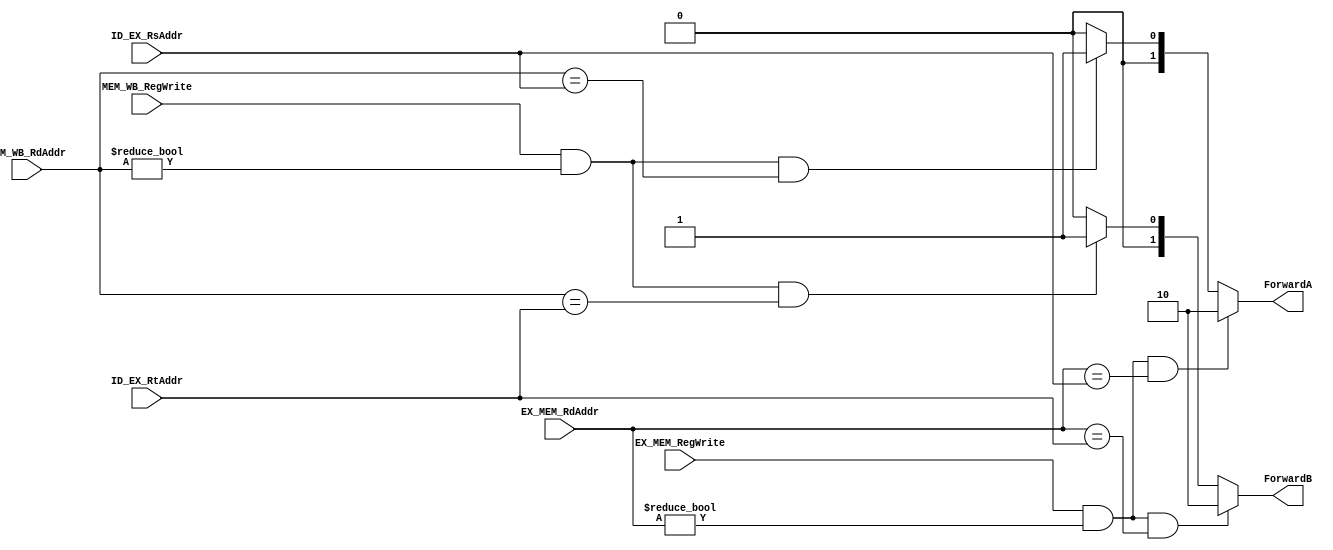
module Forwarding(
	//output
output reg [1:0]ForwardA,
output reg [1:0]ForwardB,
	//input
input [4:0]EX_MEM_RdAddr,
input [4:0]MEM_WB_RdAddr,
input [4:0]ID_EX_RsAddr,
input [4:0]ID_EX_RtAddr,
input EX_MEM_RegWrite,
input MEM_WB_RegWrite
);
always@(*)
begin	

		//EX hazard
	if(EX_MEM_RegWrite&&(EX_MEM_RdAddr!=0)&&(EX_MEM_RdAddr==ID_EX_RsAddr))
		begin ForwardA<=2'b10;end
	else if(MEM_WB_RegWrite&&(MEM_WB_RdAddr!=0)&&(MEM_WB_RdAddr==ID_EX_RsAddr))
		begin ForwardA<=2'b01;end

	else	begin 	ForwardA<=2'b00;end

		//MEM hazard
	
	if(EX_MEM_RegWrite&&(EX_MEM_RdAddr!=0)&&(EX_MEM_RdAddr==ID_EX_RtAddr))
		begin ForwardB<=2'b10;end

	else if(MEM_WB_RegWrite&&(MEM_WB_RdAddr!=0)&&(MEM_WB_RdAddr==ID_EX_RtAddr))
		begin ForwardB<=2'b01;end
	else	begin 	ForwardB<=2'b00;end
end
endmodule